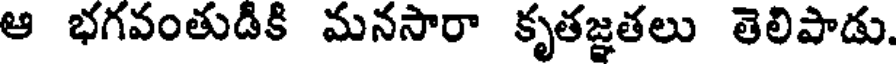
ఆ భగవంతుడికి మనసారా కృతజ్ఞతలు తెలిపాడు.